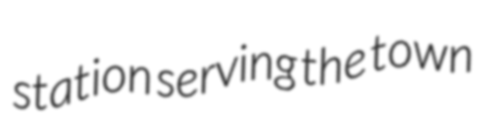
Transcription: station serving the town